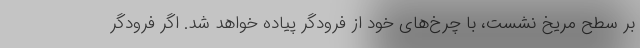
بر سطح مریخ نشست، با چرخ‌های خود از فرودگر پیاده خواهد شد. اگر فرودگر